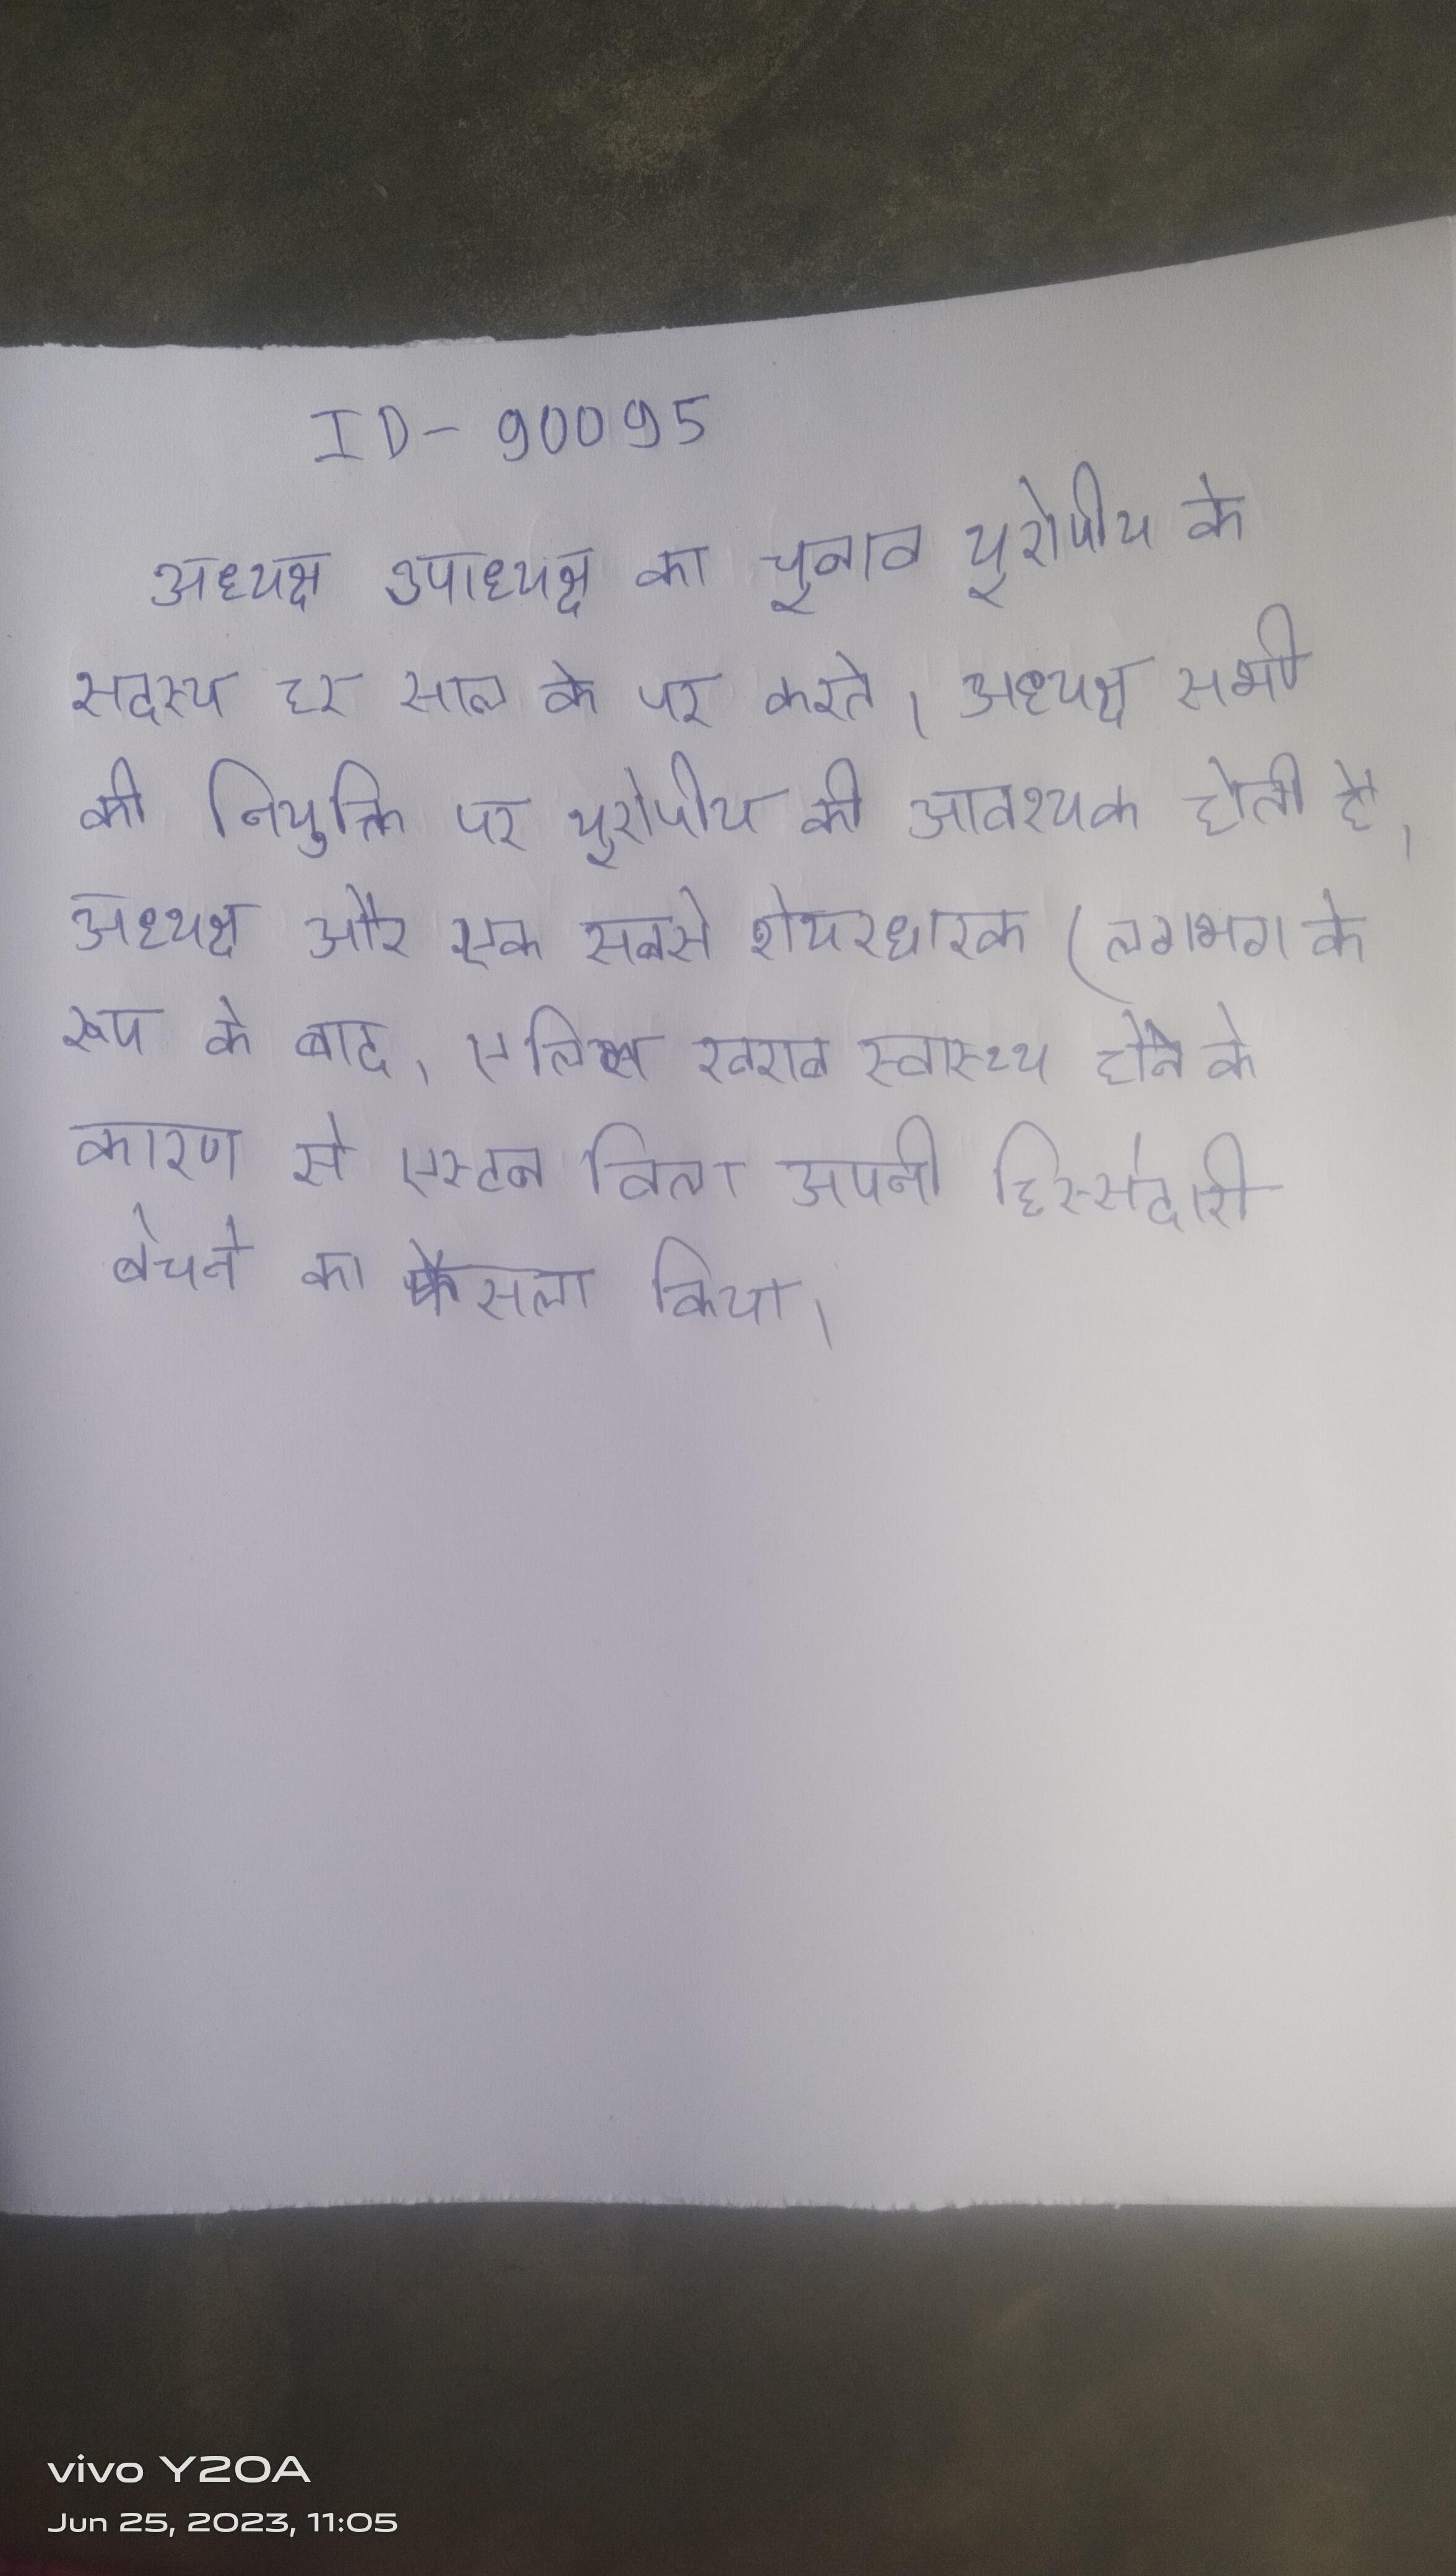
अध्यक्ष उपाध्यक्ष का चुनाव यूरोपीय के सदस्य हर साल के पर करते । अध्यक्ष सभी की नियुक्ति पर यूरोपीय की आवश्यक होती है । अध्यक्ष और एक सबसे शेयरधारक (लगभग के रूप के बाद, एलिस खराब स्वास्थ्य होने के कारण से एस्टन विला अपनी हिस्सेदारी बेचने का फैसला किया ।